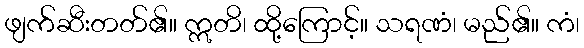
ဖျက်ဆီးတတ်၏။ ဣတိ၊ ထို့ကြောင့်။ သရဏံ၊ မည်၏။ ကံ၊